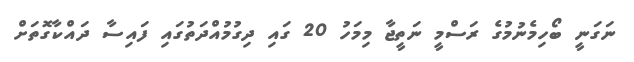
ނަގަނީ ބޯހިމެނުމުގެ ރަސްމީ ނަތީޖާ މިމަހު 20 ގައި ދިގުމުއްދަތުގައި ފައިސާ ދައްކާގޮތަށް